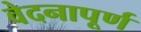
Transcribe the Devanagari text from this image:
वेदनापूर्ण